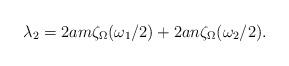
LaTeX: \begin{align*}\lambda _2=2am\zeta _\Omega (\omega _1/2)+2an\zeta _\Omega (\omega _2/2).\end{align*}